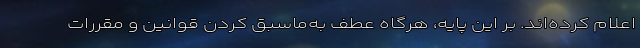
اعلام کرده‌اند. بر این پایه، هرگاه عطف به‌ماسبق کردن قوانین و مقررات